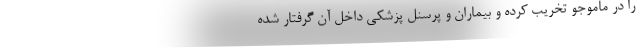
را در ماموجو تخریب کرده و بیماران و پرسنل پزشکی داخل آن گرفتار شده